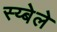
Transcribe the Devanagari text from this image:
स्य्बेले